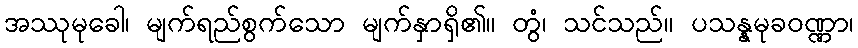
အဿုမုခေါ၊ မျက်ရည်စွက်သော မျက်နှာရှိ၏။ တွံ၊ သင်သည်။ ပသန္နမုခဝဏ္ဏာ၊